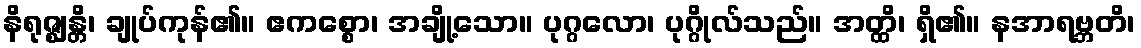
နိရုဇ္ဈန္တိ၊ ချုပ်ကုန်၏။ ဧကစ္စော၊ အချို့သော။ ပုဂ္ဂလော၊ ပုဂ္ဂိုလ်သည်။ အတ္ထိ၊ ရှိ၏။ နအာရဗ္ဘတိ၊